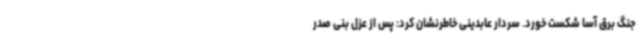
جنگ برق آسا شکست خورد. سردار عابدینی خاطرنشان کرد: پس از عزل بنی صدر